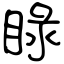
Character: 睩